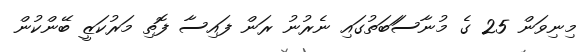
މިނިވަން 25 ގެ މުނާސަަބަތުގައި ނެރުނު ރަން ފައިސާ ފޮތި މަރުކަޒީ ބޭންކުން